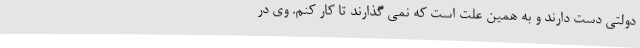
دولتی دست دارند و به همین علت است که نمی گذارند تا کار کنم. وی در